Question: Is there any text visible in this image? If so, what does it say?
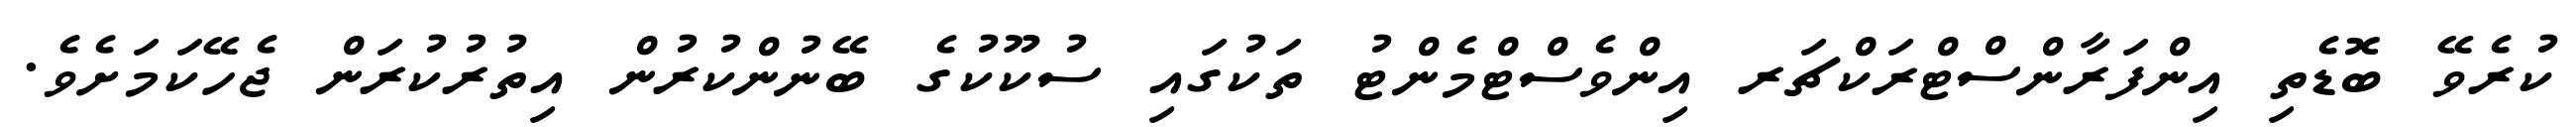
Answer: ކުރެވޭ ބޮޑެތި އިންފަރާންސްޓްރަކްޗަރ އިންވެސްޓްމެންޓު ތަކުގައި ސުކޫކުގެ ބޭނުންކުރުން އިތުރުކުރަން ޖެހޭކަމަށެވެ.